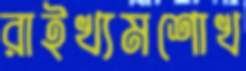
রাইখ্যমশোখ